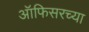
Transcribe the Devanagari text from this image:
ऑफिसरच्या